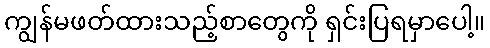
ကျွန်မဖတ်ထားသည့်စာတွေကို ရှင်းပြရမှာပေါ့။